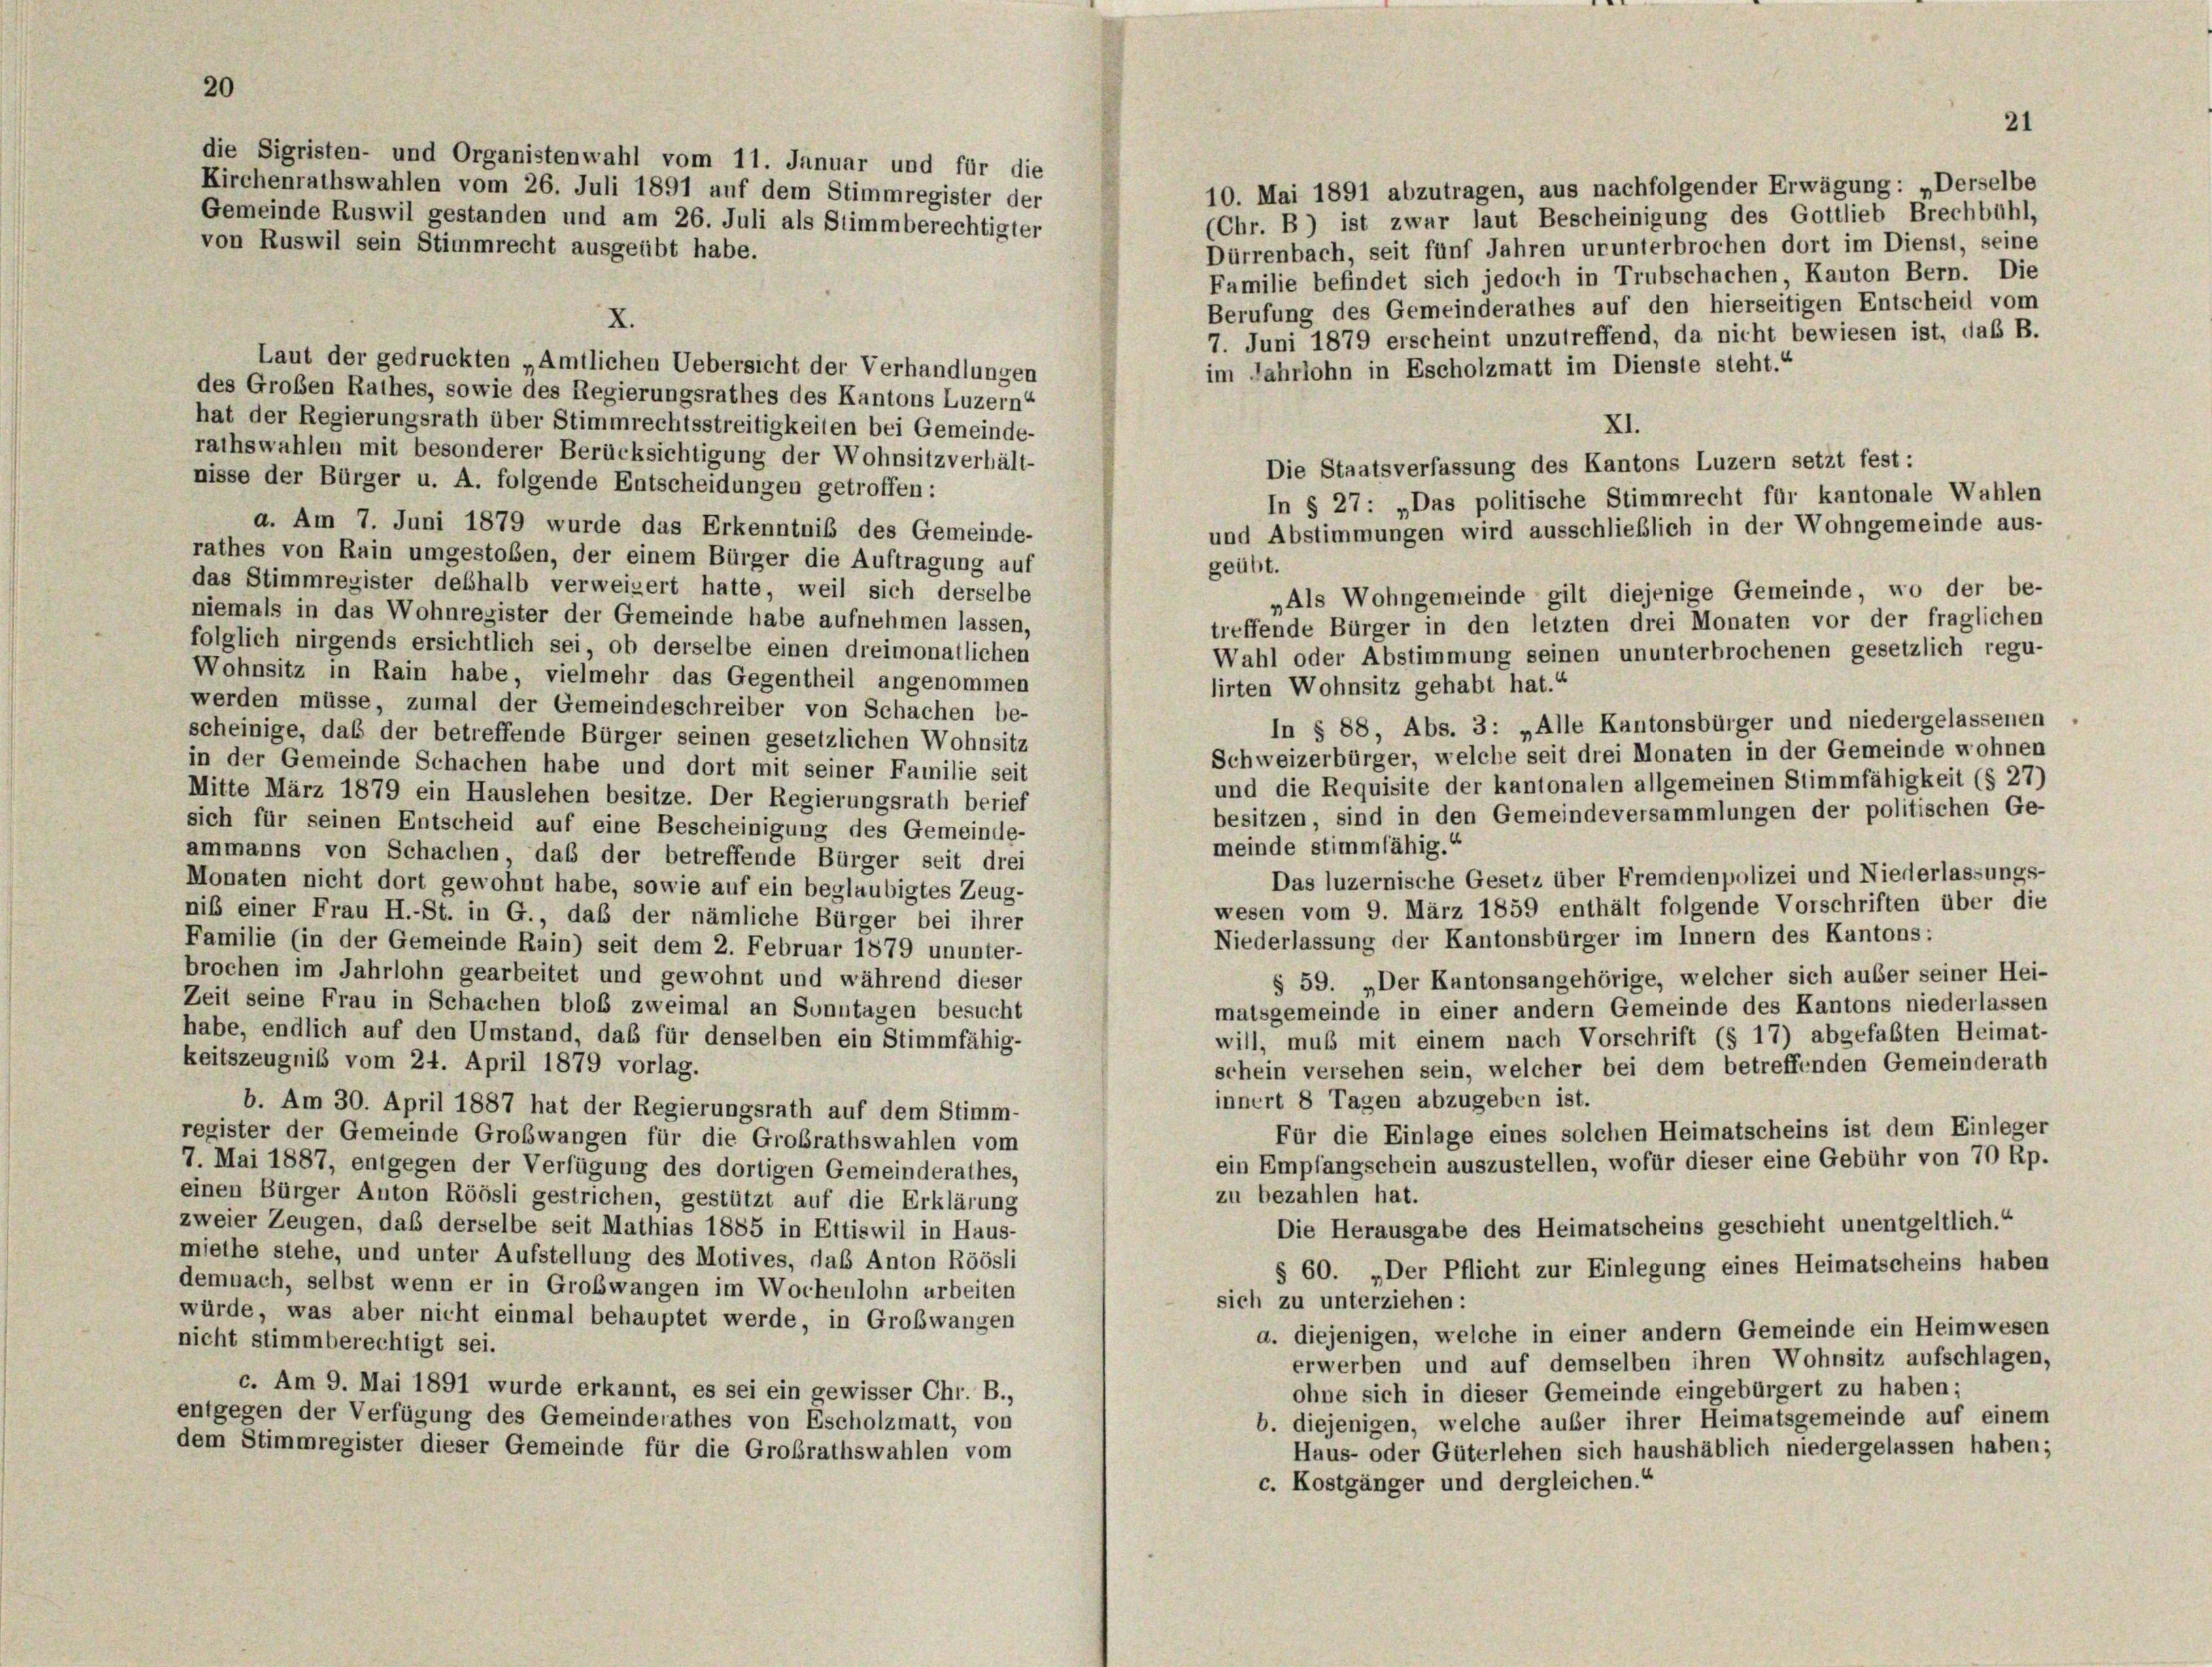
20
die Sigristen- und Organistenwahl vom 11. Januar und für die
Kirchenrathswahlen vom 26. Juli 1891 auf dem Stimmregister der

21

10. Mai 1891 abzutragen, aus nachfolgender Erwägung: „Derselbe
Gemeinde Ruswil gestanden und am 26. Juli als Stimmberechtigter
(Chr. B) ist zwar laut Bescheinigung des Gottlieb Brechbühl,
von Ruswil sein Stimmrecht ausgeübt habe.
Dürrenbach, seit fünf Jahren urunterbrochen dort im Dienst, seine
Familie befindet sich jedoch in Trubschachen, Kanton Bern. Die
Berufung des Gemeinderathes auf den hierseitigen Entscheid vom
X.
7. Juni 1879 erscheint unzutreffend, da nicht bewiesen ist, daß B.
Laut der gedruckten „Amtlichen Uebersicht der Verhandlungen
im Jahrlohn in Escholzmatt im Dienste steht.“
des Großen Rathes, sowie des Regierungsrathes des Kantons Luzern“
hat der Regierungsrath über Stimmrechtsstreitigkeiten bei Gemeinde-
XI.
rathswahlen mit besonderer Berücksichtigung der Wohnsitzverhält-
Die Staatsverfassung des Kantons Luzern setzt fest:
nisse der Bürger u. A. folgende Entscheidungen getroffen:
In § 27: „Das politische Stimmrecht für kantonale Wahlen
a. Am 7. Juni 1879 wurde das Erkenntniß des Gemeinde-
und Abstimmungen wird ausschließlich in der Wohngemeinde aus-
rathes von Rain umgestoßen, der einem Bürger die Auftragung auf
geübt.
das Stimmregister deßhalb verweigert hatte, weil sich derselbe
„Als Wohngemeinde gilt diejenige Gemeinde, wo der be-
niemals in das Wohnregister der Gemeinde habe aufnehmen lassen,
treffende Bürger in den letzten drei Monaten vor der fraglichen
folglich nirgends ersichtlich sei, ob derselbe einen dreimonatlichen
Wahl oder Abstimmung seinen ununterbrochenen gesetzlich regu-
Wohnsitz in Rain habe, vielmehr das Gegentheil angenommen
lirten Wohnsitz gehabt hat.“
werden müsse, zumal der Gemeindeschreiber von Schachen be-
In § 88, Abs. 3: „Alle Kantonsbürger und niedergelassenen
scheinige, daß der betreffende Bürger seinen gesetzlichen Wohnsitz
Schweizerbürger, welche seit drei Monaten in der Gemeinde wohnen
in der Gemeinde Schachen habe und dort mit seiner Familie seit
und die Requisite der kantonalen allgemeinen Stimmfähigkeit (§ 27)
Mitte März 1879 ein Hauslehen besitze. Der Regierungsrath berief
besitzen, sind in den Gemeindeversammlungen der politischen Ge-
sich für seinen Entscheid auf eine Bescheinigung des Gemeinde-
meinde stimmfähig.“
ammanns von Schachen, daß der betreffende Bürger seit drei
Das luzernische Gesetz über Fremdenpolizei und Niederlassungs-
Monaten nicht dort gewohnt habe, sowie auf ein beglaubigtes Zeug-
wesen vom 9. März 1859 enthält folgende Vorschriften über die
niß einer Frau H.-St. in G., daß der nämliche Bürger bei ihrer
Niederlassung der Kantonsbürger im Innern des Kantons:
Familie (in der Gemeinde Rain) seit dem 2. Februar 1879 ununter-
brochen im Jahrlohn gearbeitet und gewohnt und während dieser
§ 59. „Der Kantonsangehörige, welcher sich auser seiner Hei-
Zeit seine Frau in Schachen bloß zweimal an Sonntagen besucht
matsgemeinde in einer andern Gemeinde des Kantons niederlassen
habe, endlich auf den Umstand, das für denselben ein Stimmfähig-
will, muß mit einem nach Vorschrift (§ 17) abgefaßten Heimat-
keitszeugnis vom 24. April 1879 vorlag.
schein versehen sein, welcher bei dem betreffenden Gemeinderath
innert 8 Tagen abzugeben ist.
b. Am 30. April 1887 hat der Regierungsrath auf dem Stimm-
Für die Einlage eines solchen Heimatscheins ist dem Einleger
register der Gemeinde Grobwangen für die Großrathswahlen vom
ein Empfangschein auszustellen, wofür dieser eine Gebühr von 70 Rp.
7. Mai 1887, entgegen der Verfügung des dortigen Gemeinderathes,
zu bezahlen hat.
einen Bürger Anton Röösli gestrichen, gestützt auf die Erklärung
zweier Zeugen, daß derselbe seit Mathias 1885 in Ettiswil in Haus-
Die Herausgabe des Heimatscheins geschieht unentgeltlich.“
miethe stehe, und unter Aufstellung des Motives, das Anton Röösli
§ 60. „Der Pflicht zur Einlegung eines Heimatscheins haben
demnach, selbst wenn er in Großwangen im Wochenlohn arbeiten
sich zu unterziehen:
würde, was aber nicht einmal behauptet werde, in Großwangen
a. diejenigen, welche in einer andern Gemeinde ein Heimwesen
nicht stimmberechtigt sei.
erwerben und auf demselben ihren Wohnsitz aufschlagen,
c. Am 9. Mai 1891 wurde erkannt, es sei ein gewisser Chr. B.,
ohne sich in dieser Gemeinde eingebürgert zu haben;
entgegen der Verfügung des Gemeinderathes von Escholzmatt, von
b. diejenigen, welche außer ihrer Heimatsgemeinde auf einem
dem Stimmregister dieser Gemeinde für die Großrathswahlen vom
Haus- oder Güterlehen sich haushäblich niedergelassen haben;
c. Kostgänger und dergleichen.“